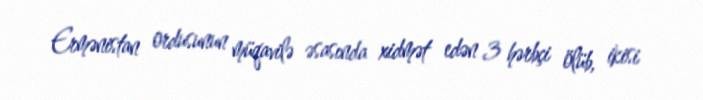
Ermənistan ordusunun müqavilə əsasında xidmət edən 3 hərbçi ölüb, ikisi